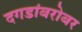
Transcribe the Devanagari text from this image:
दगडांबरोबर